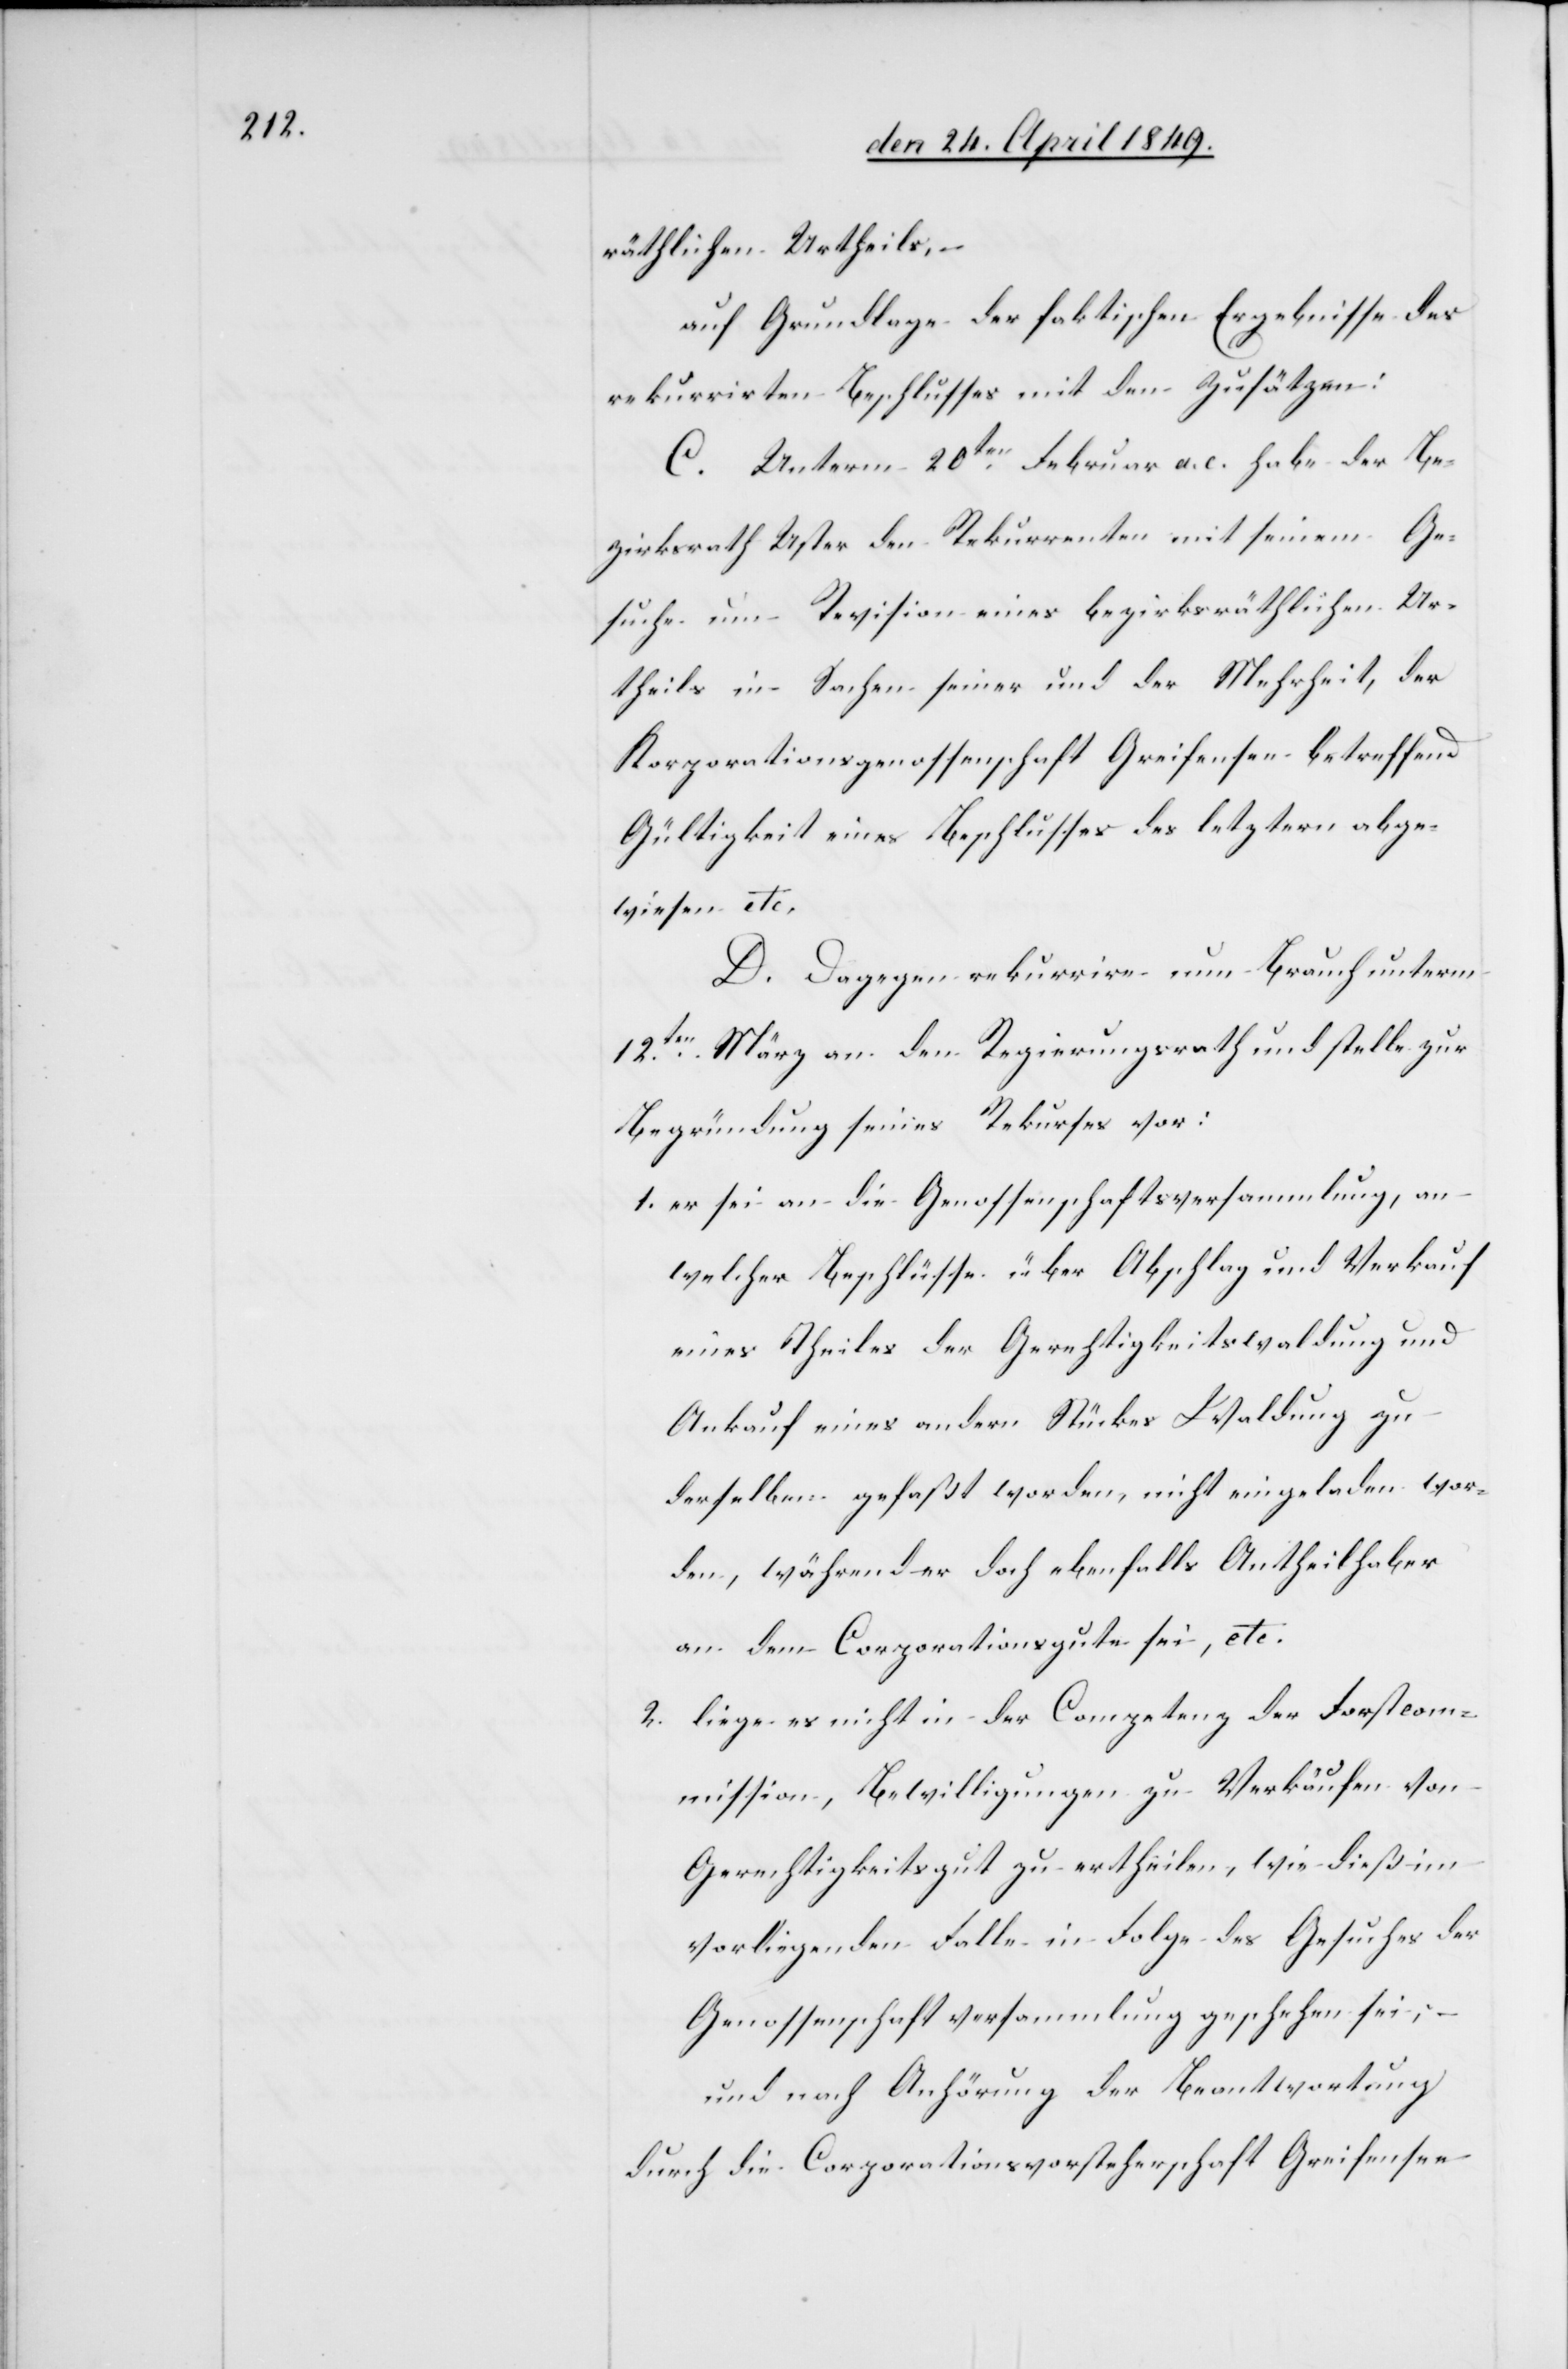
räthlichen Urtheils, –
auf Grundlage der faktischen Ergebnisse des
rekurrirten Beschlusses mit den Zusätzen:
C. Unterm 20ten Februar a. c. habe der Be¬
zirksrath Uster den Rekurrenten mit seinem Ge¬
suche um Revision eines bezirksräthlichen Ur¬
theils in Sachen seiner und der Mehrheit, der
Korporationsgenossenschaft Greifensee betreffend
Gültigkeit eines Beschlusses des letztern abge¬
wiesen etc.
D. Dagegen rekurrire nun Brauch unterm
12ten März an den Regierungsrath und stelle zur
Begründung seines Rekurses vor:
1. er sei an die Genossenschaftsversammlung, an
welcher Beschlüsse über Abschlag und Verkauf
eines Theiles der Gerechtigkeitswaldung und
Ankauf eines andern Stückes Waldung zu
derselben gefaßt worden, nicht eingeladen wor¬
den, während er doch ebenfalls Antheilhaber
an dem Corporationsgute sei, etc.
2. liege es nicht in der Competenz der Forstcom¬
mission, Bewilligungen zu Verkäufen von
Gerechtigkeitsgut zu ertheilen, wie dieß im
vorliegenden Falle in Folge des Gesuches der
Genossenschaftversammlung geschehen sei,
und nach Anhörung der Beantwortung
durch die Corporationsvorsteherschaft Greifensee